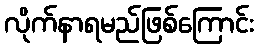
လိုက်နာရမည်ဖြစ်ကြောင်း